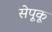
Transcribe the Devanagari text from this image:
सेपूकू